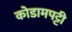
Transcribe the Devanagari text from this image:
कोडामपट्टी